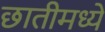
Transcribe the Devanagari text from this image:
छातीमध्ये